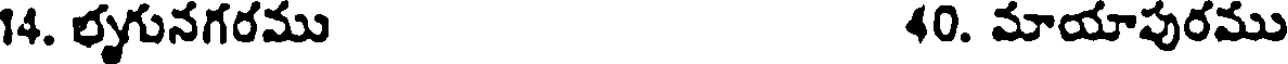
14. భృగునగరము 40. మాయాపురము